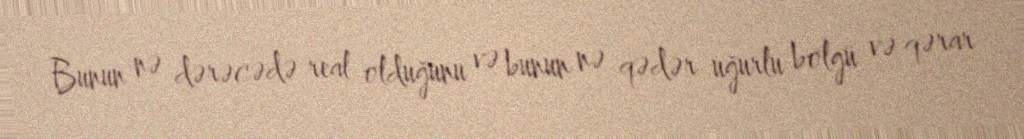
Bunun nə dərəcədə real olduğunu və bunun nə qədər uğurlu bölgü və qərar